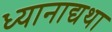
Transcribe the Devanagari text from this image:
ध्यानाद्यथा